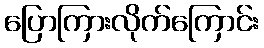
ပြောကြားလိုက်ကြောင်း